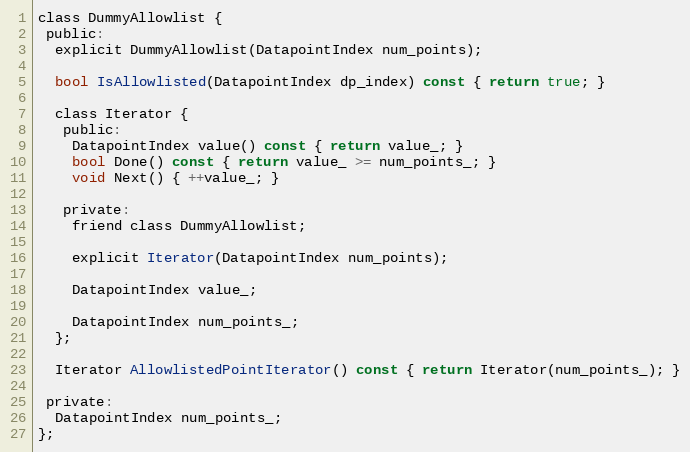
Language: C
class DummyAllowlist {
 public:
  explicit DummyAllowlist(DatapointIndex num_points);

  bool IsAllowlisted(DatapointIndex dp_index) const { return true; }

  class Iterator {
   public:
    DatapointIndex value() const { return value_; }
    bool Done() const { return value_ >= num_points_; }
    void Next() { ++value_; }

   private:
    friend class DummyAllowlist;

    explicit Iterator(DatapointIndex num_points);

    DatapointIndex value_;

    DatapointIndex num_points_;
  };

  Iterator AllowlistedPointIterator() const { return Iterator(num_points_); }

 private:
  DatapointIndex num_points_;
};